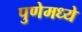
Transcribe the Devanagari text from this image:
पुणेमध्ये